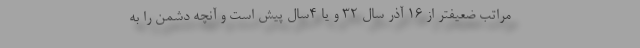
مراتب ضعیفتر از 16 آذر سال 32 و یا 4سال پیش است و آنچه دشمن را به